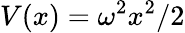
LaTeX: V(x)=\omega^{2}x^{2}/2